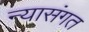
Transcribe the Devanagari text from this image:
न्यासंगत